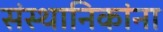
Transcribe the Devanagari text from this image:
संस्थानिकांना